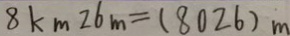
8 k m 2 6 m = ( 8 0 2 6 ) m